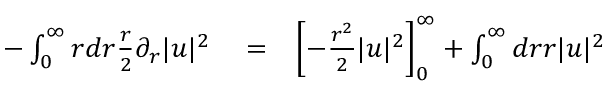
\begin{array} { r l r } { - \int _ { 0 } ^ { \infty } r d r \frac { r } { 2 } \partial _ { r } | u | ^ { 2 } } & { { } = } & { \left[ - \frac { r ^ { 2 } } { 2 } | u | ^ { 2 } \right] _ { 0 } ^ { \infty } + \int _ { 0 } ^ { \infty } d r r | u | ^ { 2 } } \end{array}